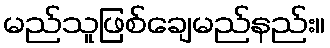
မည်သူဖြစ်ချေမည်နည်း။